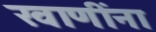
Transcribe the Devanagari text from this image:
खाणींना